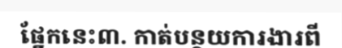
ផ្នែកនេះ៣. កាត់បន្ថយការងារពី